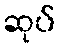
ဆုပ်